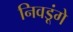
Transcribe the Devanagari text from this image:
निवडूंगे